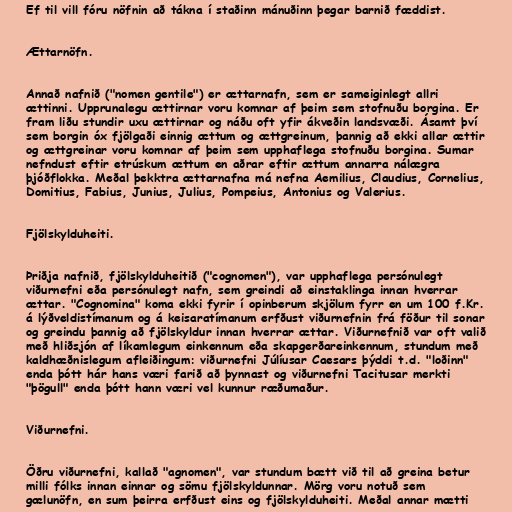
Ef til vill fóru nöfnin að tákna í staðinn mánuðinn þegar barnið fæddist.

Ættarnöfn.

Annað nafnið ("nomen gentile") er ættarnafn, sem er sameiginlegt allri
ættinni. Upprunalegu ættirnar voru komnar af þeim sem stofnuðu borgina. Er
fram liðu stundir uxu ættirnar og náðu oft yfir ákveðin landsvæði. Ásamt því
sem borgin óx fjölgaði einnig ættum og ættgreinum, þannig að ekki allar ættir
og ættgreinar voru komnar af þeim sem upphaflega stofnuðu borgina. Sumar
nefndust eftir etrúskum ættum en aðrar eftir ættum annarra nálægra
þjóðflokka. Meðal þekktra ættarnafna má nefna Aemilius, Claudius, Cornelius,
Domitius, Fabius, Junius, Julius, Pompeius, Antonius og Valerius.

Fjölskylduheiti.

Þriðja nafnið, fjölskylduheitið ("cognomen"), var upphaflega persónulegt
viðurnefni eða persónulegt nafn, sem greindi að einstaklinga innan hverrar
ættar. "Cognomina" koma ekki fyrir í opinberum skjölum fyrr en um 100 f.Kr.
á lýðveldistímanum og á keisaratímanum erfðust viðurnefnin frá föður til sonar
og greindu þannig að fjölskyldur innan hverrar ættar. Viðurnefnið var oft valið
með hliðsjón af líkamlegum einkennum eða skapgerðareinkennum, stundum með
kaldhæðnislegum afleiðingum: viðurnefni Júlíusar Caesars þýddi t.d. "loðinn"
enda þótt hár hans væri farið að þynnast og viðurnefni Tacitusar merkti
"þögull" enda þótt hann væri vel kunnur ræðumaður.

Viðurnefni.

Öðru viðurnefni, kallað "agnomen", var stundum bætt við til að greina betur
milli fólks innan einnar og sömu fjölskyldunnar. Mörg voru notuð sem
gælunöfn, en sum þeirra erfðust eins og fjölskylduheiti. Meðal annar mætti